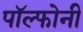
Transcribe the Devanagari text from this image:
पॉल्फोनी